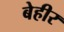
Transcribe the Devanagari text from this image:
बेहीर